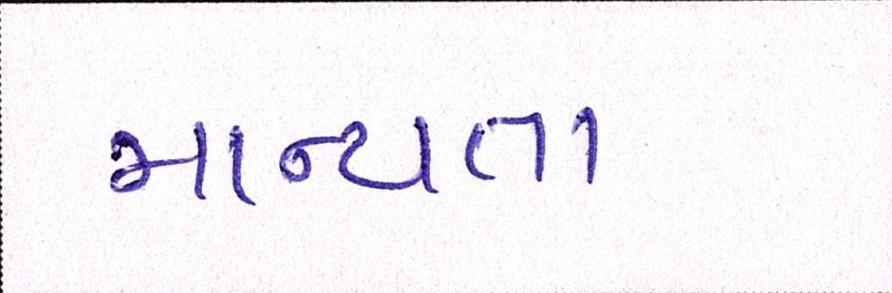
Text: માન્યતા